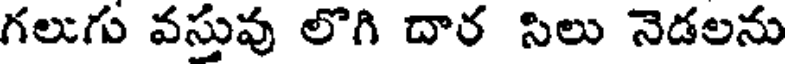
గలుగు వస్తువు లొగి దార సిలు నెడలను